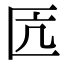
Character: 匟